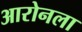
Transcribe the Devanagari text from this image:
आरोनला